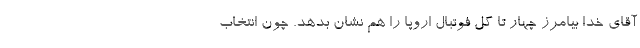
آقای خدا بیامرز چهار تا گل فوتبال اروپا را هم نشان بدهد. چون انتخاب